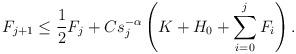
LaTeX: \begin{align*} F_{j+1} \leq \frac12 F_j + Cs^{-\alpha}_j \left(K+H_0+\sum_{i=0}^j F_i\right).\end{align*}